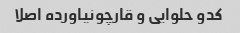
کدو حلوایی و قارچو‌نیاورده اصلا